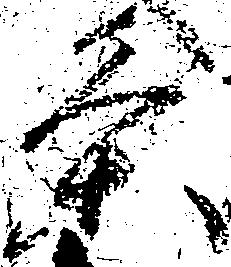
条